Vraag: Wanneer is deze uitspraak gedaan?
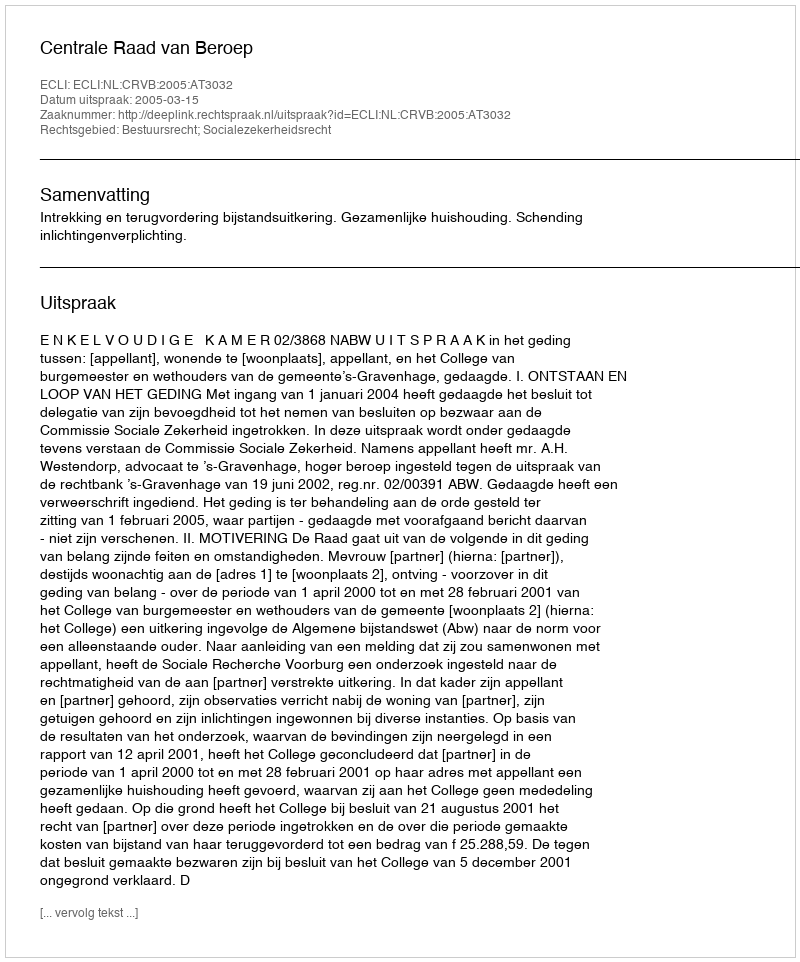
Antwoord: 2005-03-15